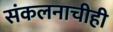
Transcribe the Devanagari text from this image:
संकलनाचीही